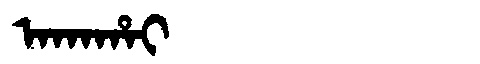
Manchu: ᠠᡴᠠᡥᠠᡳ
Romanization: AKAHAI